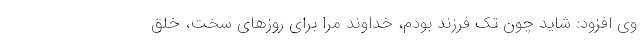
وی افزود: شاید چون تک فرزند بودم، خداوند مرا برای روزهای سخت، خلق